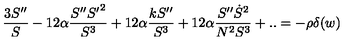
\frac { 3 S ^ { \prime \prime } } { S } - 1 2 \alpha \frac { S ^ { \prime \prime } { S ^ { \prime } } ^ { 2 } } { S ^ { 3 } } + 1 2 \alpha \frac { k S ^ { \prime \prime } } { S ^ { 3 } } + 1 2 \alpha \frac { S ^ { \prime \prime } \dot { S } ^ { 2 } } { N ^ { 2 } S ^ { 3 } } + . . = - \rho \delta ( w )